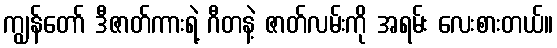
ကျွန်တော် ဒီဇာတ်ကားရဲ့ ဂီတနဲ့ ဇာတ်လမ်းကို အရမ်း လေးစားတယ်။